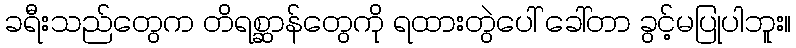
ခရီးသည်တွေက တိရစ္ဆာန်တွေကို ရထားတွဲပေါ် ခေါ်တာ ခွင့်မပြုပါဘူး။